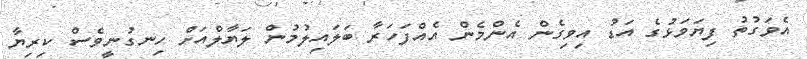
އެވަގުތު ފިޔަވަޅުގެ އަޑު އިވިގެން އެންމެން އެއްފަހަރާ ބަލައިލުމުން ލަޔާލްއަށް ހިނގުނީވެސް ކިރިޔާ